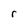
Character: r